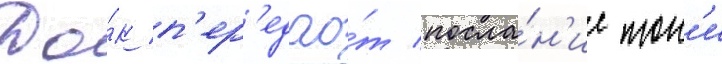
До́к п'ер'едао́т посла́н'ие тон'и